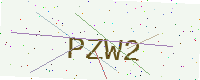
Text: PZW2